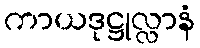
ကာယဒုဋ္ဌုလ္လာနံ